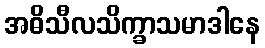
အဓိသီလသိက္ခာသမာဒါနေ